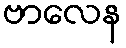
ဗာလေန